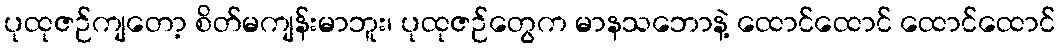
ပုထုဇဉ်ကျတော့ စိတ်မကျန်းမာဘူး၊ ပုထုဇဉ်တွေက မာနသဘောနဲ့ ထောင်ထောင် ထောင်ထောင်